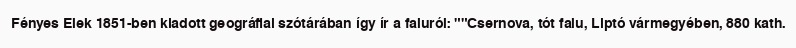
Fényes Elek 1851-ben kiadott geográfiai szótárában így ír a faluról: ""Csernova, tót falu, Liptó vármegyében, 880 kath.